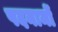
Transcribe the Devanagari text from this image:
पदनामों